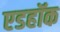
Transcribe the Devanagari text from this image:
एडहॉक